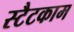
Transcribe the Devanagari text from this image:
स्टैटकाम